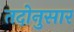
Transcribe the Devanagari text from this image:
तदोनुसार